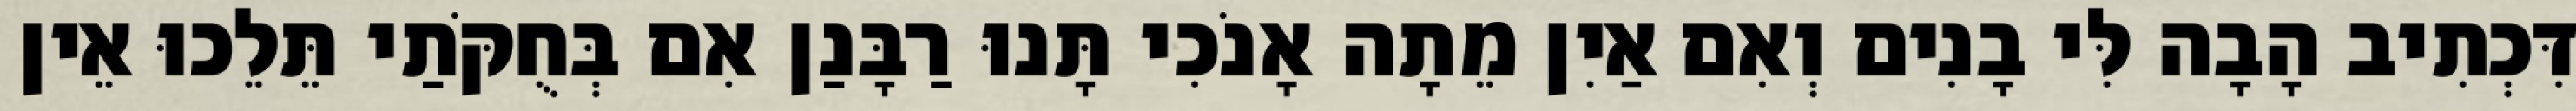
דִּכְתִיב הָבָה לִּי בָנִים וְאִם אַיִן מֵתָה אָנֹכִי תָּנוּ רַבָּנַן אִם בְּחֻקֹּתַי תֵּלֵכוּ אֵין